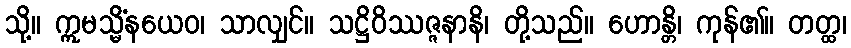
သို့။ ဣမသ္မိံနယေဝ၊ သာလျှင်။ သဋ္ဌိဝိဿဇ္ဇနာနိ၊ တို့သည်။ ဟောန္တိ၊ ကုန်၏။ တတ္ထ၊